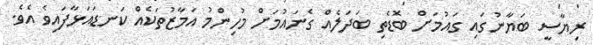
ރިޔާސީ ބަޔާނުގައި ގައުމަށް ބޮޑެތި ބަދަލެއް ގެނައުމަށް މުހިންމު އަމާޒުތަކެއް ކަނޑައަޅާފައިވެ އެވެ.